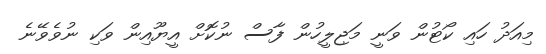
މިއަދު ހައި ކޯޓުން ވަނީ މަޖިލީހުން ފާސް ނުކޮށް އީޔޫއިން ވަކި ނުވެވޭނެ